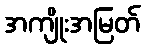
အကျိုးအမြတ်